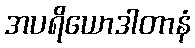
အပရိယောဒါတာနံ